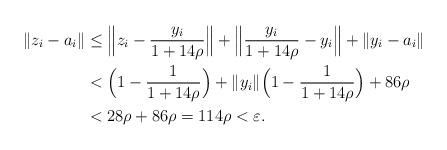
LaTeX: \begin{align*}\Vert z_i - a_i \Vert & \le \Big \Vert z_i - \frac{y_i}{1+14\rho}\Big \Vert + \Big \Vert \frac{y_i}{1+14\rho} - y_i \Big \Vert + \Vert y_i -a_i \Vert \\& < \Bigl( 1- \frac{1}{1+14\rho}\Bigr) + \Vert y_i\Vert \Bigl( 1- \frac{1}{1+14\rho}\Bigr) +86\rho \\& < 28\rho +86\rho = 114\rho <\varepsilon.\end{align*}